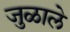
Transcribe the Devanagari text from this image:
जुळाले